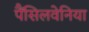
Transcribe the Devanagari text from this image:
पैंसिलवेनिया